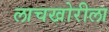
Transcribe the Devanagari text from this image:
लाचखोरीला